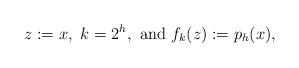
LaTeX: \begin{align*}z:=x,~k=2^h,~{\rm and}~f_k(z):=p_h(x),\end{align*}